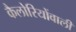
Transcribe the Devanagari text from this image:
कैलोरियोंवाली